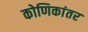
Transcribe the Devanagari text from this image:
कोणिकांतर